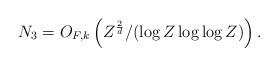
LaTeX: \begin{align*} N_3 = O_{F,k} \left(Z^{\frac{2}{d}} / (\log Z \log \log Z) \right). \end{align*}